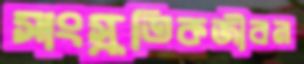
সাংস্কৃতিকজীবন